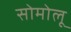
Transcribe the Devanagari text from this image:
सोमोलू